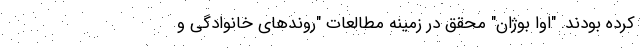
کرده بودند. "اوا بوژان" محقق در زمینه مطالعات "روندهای خانوادگی و